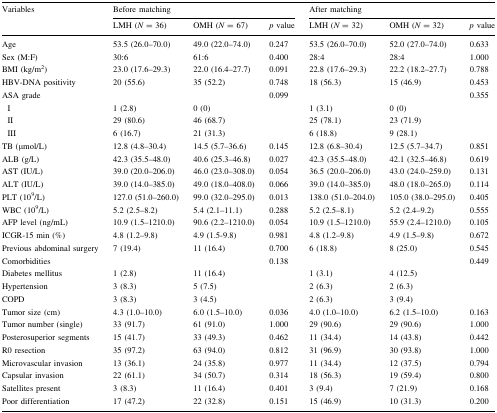
<table><thead><tr><td rowspan="2"><b>Variables</b></td><td colspan="3"><b>Before matching</b></td><td colspan="3"><b>After matching</b></td></tr><tr><td><b>LMH (<i>N</i> = 36)</b></td><td><b>OMH (<i>N</i> = 67)</b></td><td><b><i>p</i> value</b></td><td><b>LMH (<i>N</i> = 32)</b></td><td><b>OMH (<i>N</i> = 32)</b></td><td><b><i>p</i> value</b></td></tr></thead><tbody><tr><td>Age</td><td>53.5 (26.0–70.0)</td><td>49.0 (22.0–74.0)</td><td>0.247</td><td>53.5 (26.0–70.0)</td><td>52.0 (27.0–74.0)</td><td>0.633</td></tr><tr><td>Sex (M:F)</td><td>30:6</td><td>61:6</td><td>0.400</td><td>28:4</td><td>28:4</td><td>1.000</td></tr><tr><td>BMI (kg/m<sup>2</sup>)</td><td>23.0 (17.6–29.3)</td><td>22.0 (16.4–27.7)</td><td>0.091</td><td>22.8 (17.6–29.3)</td><td>22.2 (18.2–27.7)</td><td>0.788</td></tr><tr><td>HBV-DNA positivity</td><td>20 (55.6)</td><td>35 (52.2)</td><td>0.748</td><td>18 (56.3)</td><td>15 (46.9)</td><td>0.453</td></tr><tr><td>ASA grade</td><td></td><td></td><td>0.099</td><td></td><td></td><td>0.355</td></tr><tr><td> I</td><td>1 (2.8)</td><td>0 (0)</td><td></td><td>1 (3.1)</td><td>0 (0)</td><td></td></tr><tr><td> II</td><td>29 (80.6)</td><td>46 (68.7)</td><td></td><td>25 (78.1)</td><td>23 (71.9)</td><td></td></tr><tr><td> III</td><td>6 (16.7)</td><td>21 (31.3)</td><td></td><td>6 (18.8)</td><td>9 (28.1)</td><td></td></tr><tr><td>TB (μmol/L)</td><td>12.8 (4.8–30.4)</td><td>14.5 (5.7–36.6)</td><td>0.145</td><td>12.8 (6.8–30.4)</td><td>12.5 (5.7–34.7)</td><td>0.851</td></tr><tr><td>ALB (g/L)</td><td>42.3 (35.5–48.0)</td><td>40.6 (25.3–46.8)</td><td>0.027</td><td>42.3 (35.5–48.0)</td><td>42.1 (32.5–46.8)</td><td>0.619</td></tr><tr><td>AST (IU/L)</td><td>39.0 (20.0–206.0)</td><td>46.0 (23.0–308.0)</td><td>0.054</td><td>36.5 (20.0–206.0)</td><td>43.0 (24.0–259.0)</td><td>0.131</td></tr><tr><td>ALT (IU/L)</td><td>39.0 (14.0–385.0)</td><td>49.0 (18.0–408.0)</td><td>0.066</td><td>39.0 (14.0–385.0)</td><td>48.0 (18.0–265.0)</td><td>0.114</td></tr><tr><td>PLT (10<sup>9</sup>/L)</td><td>127.0 (51.0–260.0)</td><td>99.0 (32.0–295.0)</td><td>0.013</td><td>138.0 (51.0–204.0)</td><td>105.0 (38.0–295.0)</td><td>0.405</td></tr><tr><td>WBC (10<sup>9</sup>/L)</td><td>5.2 (2.5–8.2)</td><td>5.4 (2.1–11.1)</td><td>0.288</td><td>5.2 (2.5–8.1)</td><td>5.2 (2.4–9.2)</td><td>0.555</td></tr><tr><td>AFP level (ng/mL)</td><td>10.9 (1.5–1210.0)</td><td>90.6 (2.2–1210.0)</td><td>0.054</td><td>10.9 (1.5–1210.0)</td><td>55.9 (2.4–1210.0)</td><td>0.105</td></tr><tr><td>ICGR-15 min (%)</td><td>4.8 (1.2–9.8)</td><td>4.9 (1.5-9.8)</td><td>0.981</td><td>4.8 (1.2–9.8)</td><td>4.9 (1.5–9.8)</td><td>0.672</td></tr><tr><td>Previous abdominal surgery</td><td>7 (19.4)</td><td>11 (16.4)</td><td>0.700</td><td>6 (18.8)</td><td>8 (25.0)</td><td>0.545</td></tr><tr><td>Comorbidities</td><td></td><td></td><td>0.138</td><td></td><td></td><td>0.449</td></tr><tr><td>Diabetes mellitus</td><td>1 (2.8)</td><td>11 (16.4)</td><td></td><td>1 (3.1)</td><td>4 (12.5)</td><td></td></tr><tr><td>Hypertension</td><td>3 (8.3)</td><td>5 (7.5)</td><td></td><td>2 (6.3)</td><td>2 (6.3)</td><td></td></tr><tr><td>COPD</td><td>3 (8.3)</td><td>3 (4.5)</td><td></td><td>2 (6.3)</td><td>3 (9.4)</td><td></td></tr><tr><td>Tumor size (cm)</td><td>4.3 (1.0–10.0)</td><td>6.0 (1.5–10.0)</td><td>0.036</td><td>4.0 (1.0–10.0)</td><td>6.2 (1.5–10.0)</td><td>0.163</td></tr><tr><td>Tumor number (single)</td><td>33 (91.7)</td><td>61 (91.0)</td><td>1.000</td><td>29 (90.6)</td><td>29 (90.6)</td><td>1.000</td></tr><tr><td>Posterosuperior segments</td><td>15 (41.7)</td><td>33 (49.3)</td><td>0.462</td><td>11 (34.4)</td><td>14 (43.8)</td><td>0.442</td></tr><tr><td>R0 resection</td><td>35 (97.2)</td><td>63 (94.0)</td><td>0.812</td><td>31 (96.9)</td><td>30 (93.8)</td><td>1.000</td></tr><tr><td>Microvascular invasion</td><td>13 (36.1)</td><td>24 (35.8)</td><td>0.977</td><td>11 (34.4)</td><td>12 (37.5)</td><td>0.794</td></tr><tr><td>Capsular invasion</td><td>22 (61.1)</td><td>34 (50.7)</td><td>0.314</td><td>18 (56.3)</td><td>19 (59.4)</td><td>0.800</td></tr><tr><td>Satellites present</td><td>3 (8.3)</td><td>11 (16.4)</td><td>0.401</td><td>3 (9.4)</td><td>7 (21.9)</td><td>0.168</td></tr><tr><td>Poor differentiation</td><td>17 (47.2)</td><td>22 (32.8)</td><td>0.151</td><td>15 (46.9)</td><td>10 (31.3)</td><td>0.200</td></tr></tbody></table>